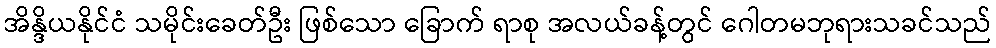
အိန္ဒိယနိုင်ငံ သမိုင်းခေတ်ဦး ဖြစ်သော ခြောက် ရာစု အလယ်ခန့်တွင် ဂေါတမဘုရားသခင်သည်